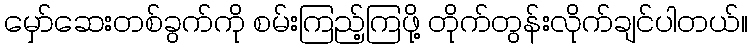
မှော်ဆေးတစ်ခွက်ကို စမ်းကြည့်ကြဖို့ တိုက်တွန်းလိုက်ချင်ပါတယ်။